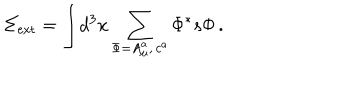
\Sigma _ { \mathrm { e x t } } = \displaystyle { \int } d ^ { 3 } x \sum _ { \Phi = A _ { \mu } ^ { a } , \, c ^ { a } } \Phi ^ { * } s \Phi \, .